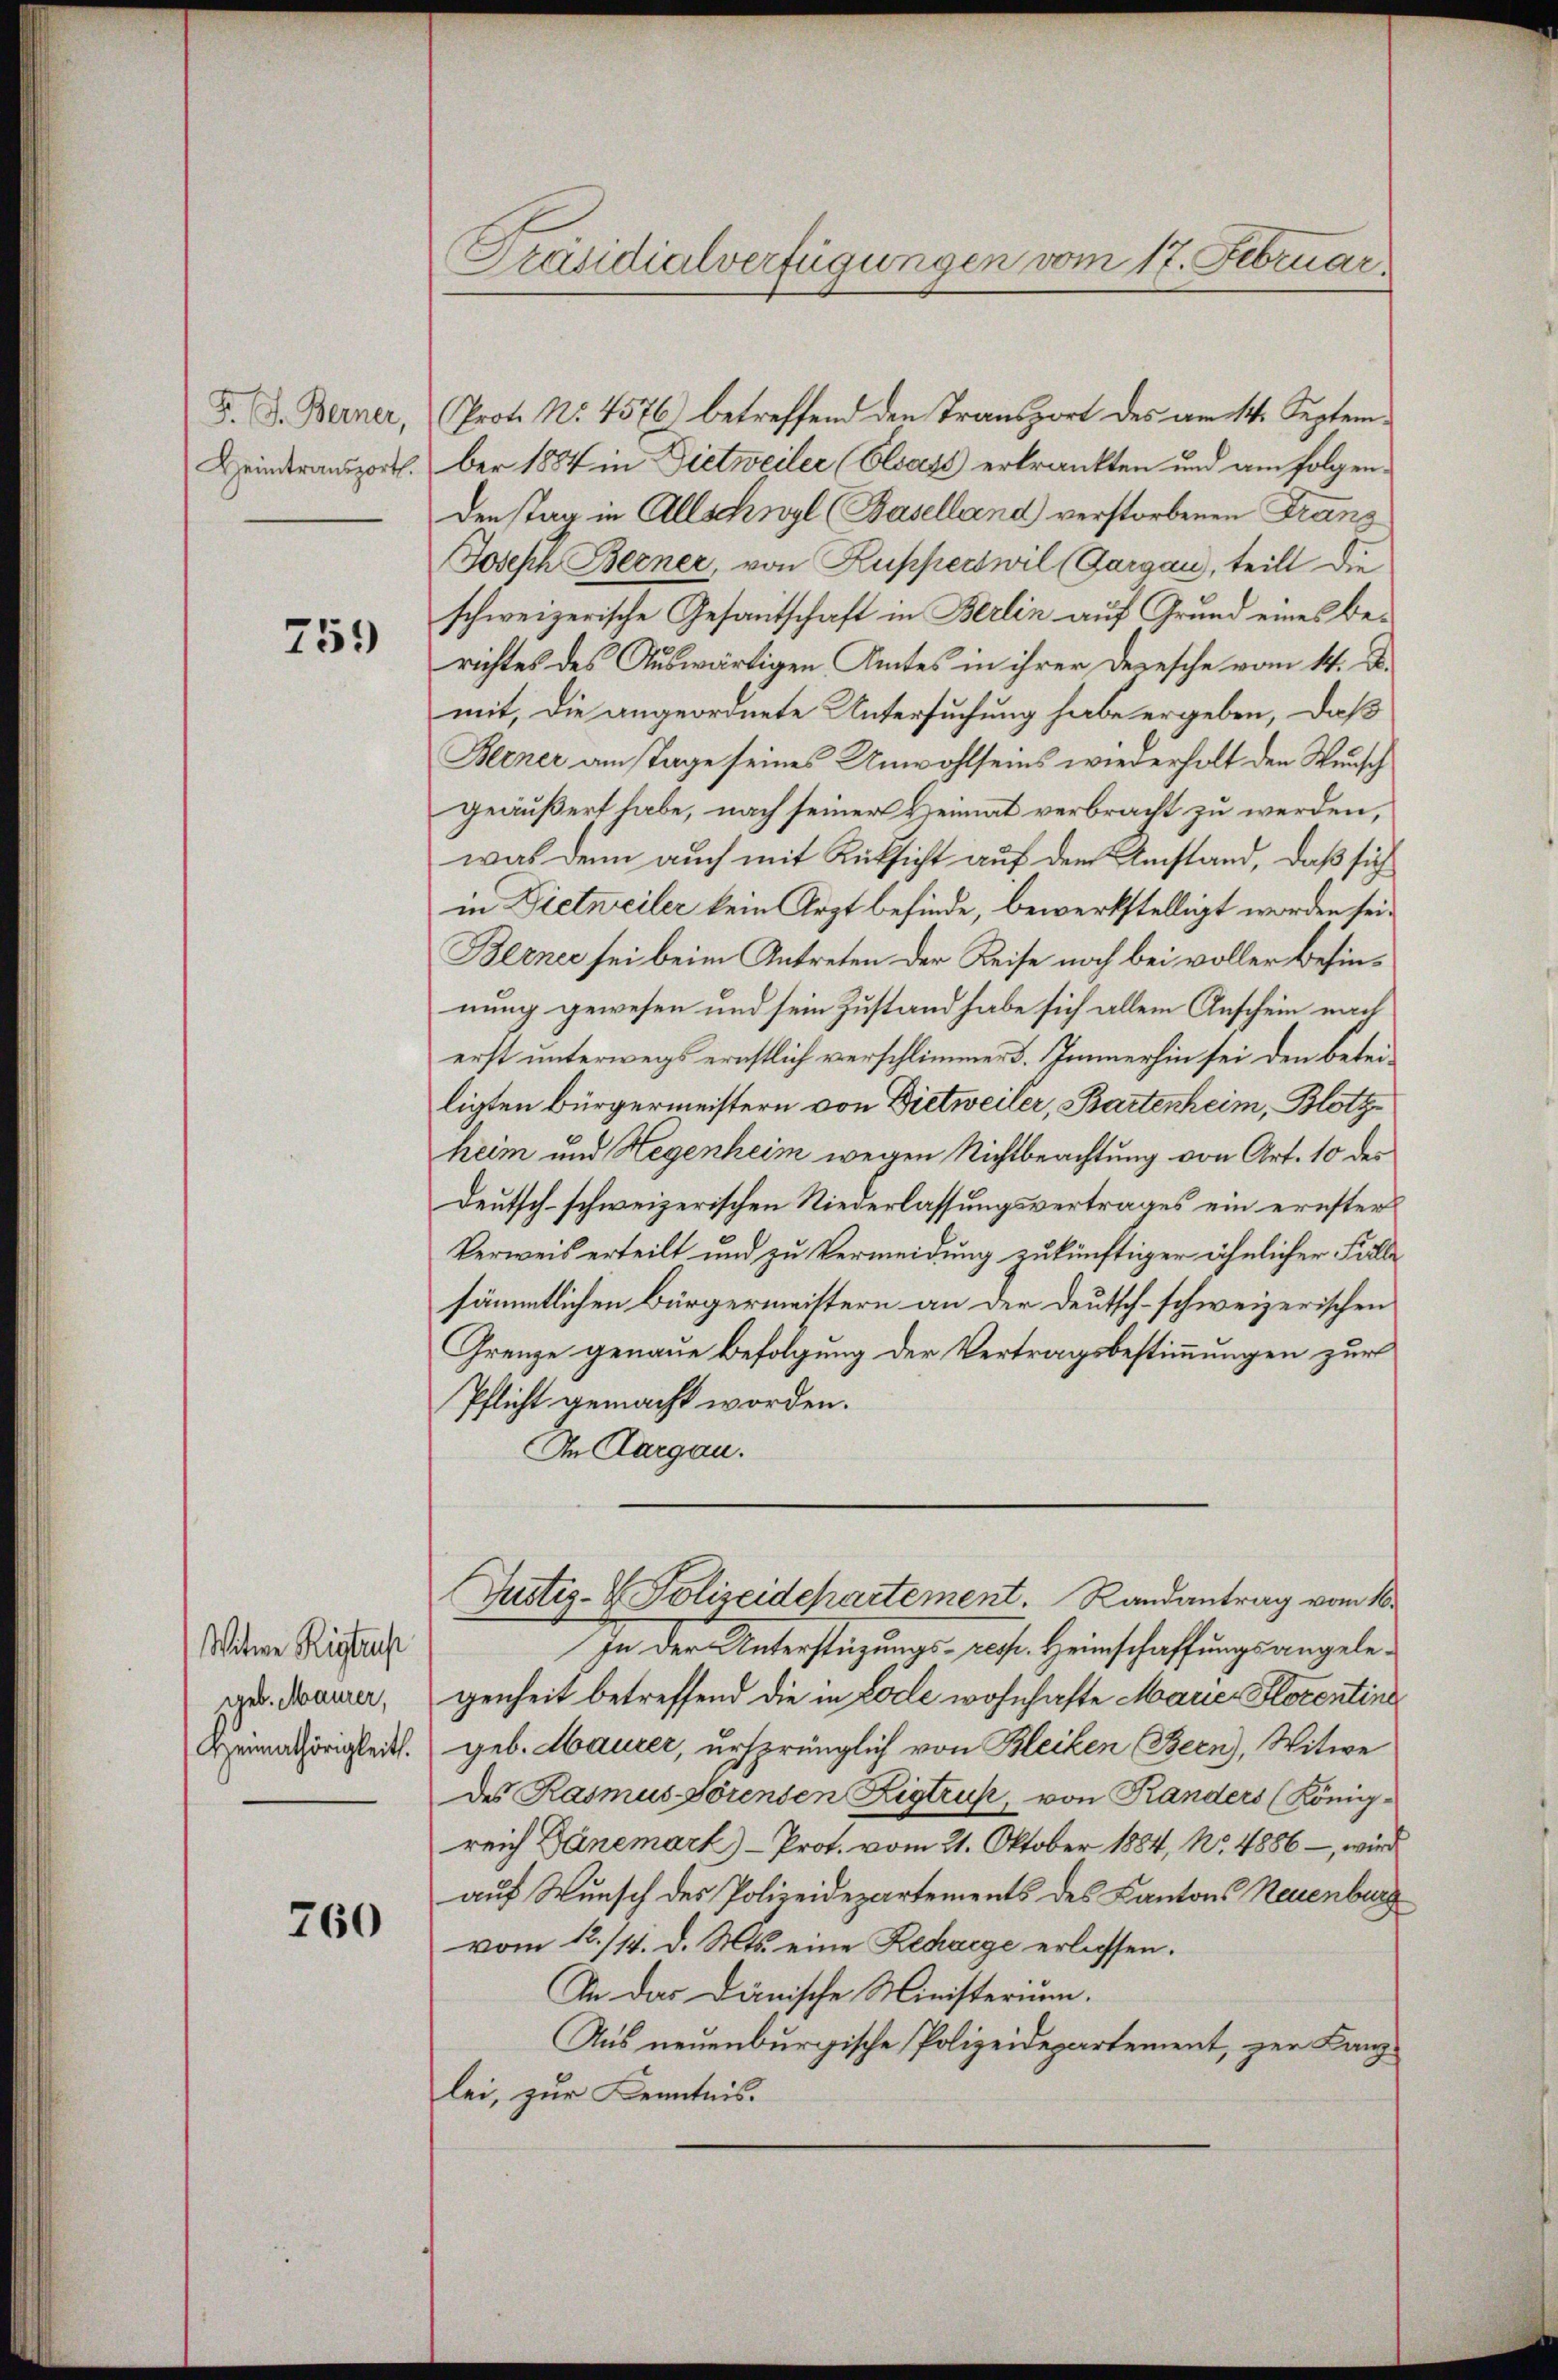
F. J. Berner,
Heimtransport.

759

Witwe Rigtaus
geb. Maurer,
Heimathörigkeit.

760

Präsidialverfügungen vom 17. Februar.

Prot. No. 4576 betreffend den Transport des am 14. September 1884 in Dietweiler (Elsass erkränkten und am folgenden Tag in Allschwyl (Baselland verstorbenen Franz
Joseph Berner, von Kupperswil (Gargau, teilt die
schweizerische Gesantschaft in Berlin auf Grund eines berichtes des Auswärtigen Amtes in ihrer Depesche vom 14. D.
mit, die angeordnete Untersuchung habe ergeben, daß
Biener am Tage seines Unwohlseins wiederholt den Wunsch
geäußert habe, nach seiner Heimat verbracht zu werden,
was denn auch mit Rücksicht auf dem Umstand, daß sich
in Dietweiler kein Arzt befinde, bewerkstelligt worden sei.
Berner sei beim Antreten der Reise noch bei voller Befinnung gewesen und sein Zustand habe sich allein Anschein nach
erst unterwegs ernstlich verschlimmer d. Immerhin sei den Beteiligten Bürgermeistern von Dietweiler, Bartenheim, Blotzheim und Hegenheim wegen Nichtbeachtung von Art. 10 der
deutsch-schweizerischen Niederlassungsvertrages ein ernster
Verweis erteilt und zu Vermeidung zukünftiger ähnlicher Falle
sämmtlichen Bürgermeistern an der Deutsch-schweizerischen
Grenze genaue Befolgung der Vertragsbestimmungen zur
Pflicht gemacht worden.
In Aargau.
Justiz- & Polizeidepartement. Randantrag vom 10.
In der Unterstüzungs- res. Heinschaffungsangelegenheit betreffend die in Lode wohnhafte Mauer Florentins
geb. Maurer, ursprünglich von Bleiken Bern), Witwe
des Rasmus Lorensen Zigtrus, von Randers (König.
reich Dänemark)- Prot. vom 21. Oktober 1884, No. 4886 – wird
auf Wunsch des Polizeidepartements des Kantons Neuenburg
vom 12./14. d. Mts. eine Recharge erlassen.
An das Dänische Ministerium.
Aus neuenburgische Polizeidepartement, zur Kanzlei, zur Kenntnis.